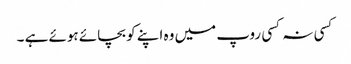
کسی نہ کسی روپ میں وہ اپنے کو بچائے ہوئے ہے ۔